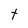
Character: t